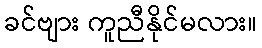
ခင်ဗျား ကူညီနိုင်မလား။